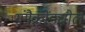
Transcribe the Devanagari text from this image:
गंगैकोंडचोल